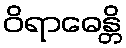
ဝိရာဓေန္တိ